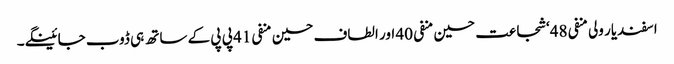
اسفندیار ولی منفی 48‘ شجاعت حسین منفی 40 اور الطاف حسین منفی 41 پی پی کے ساتھ ہی ڈوب جائینگے۔